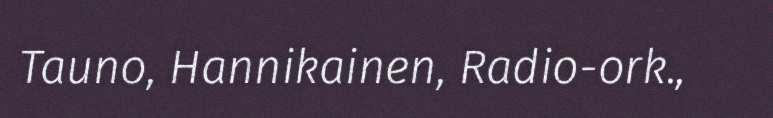
Tauno, Hannikainen, Radio-ork.,